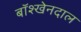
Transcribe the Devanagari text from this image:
बॉश्खेनदाल